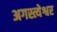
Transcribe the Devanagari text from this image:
अगस्त्येश्वर